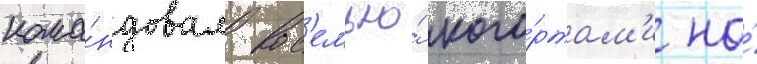
кома́ндовал вос'емью́ кого́ртам'и на́